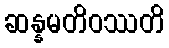
ဆန္နမတိဝဿတိ